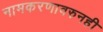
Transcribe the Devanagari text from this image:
नामकरणावरुनही